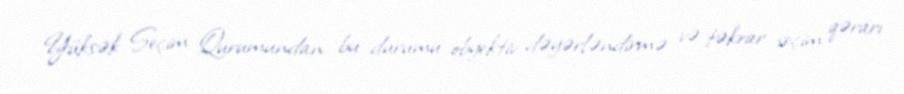
Yüksək Seçim Qurumundan bu durumu obyektiv dəyərləndirmə və təkrar seçim qərarı